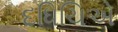
દધિચિએ